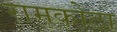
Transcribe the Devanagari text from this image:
रामकोटा